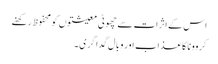
اس کے اثرات سے چھوٹی معیشتوں کو محفوظ رکھنے
کروونا کا عذاب اور وبال گداگری ۔